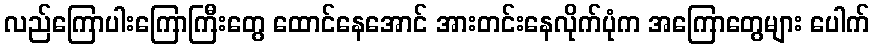
လည်ကြောပါးကြောကြီးတွေ ထောင်နေအောင် အားတင်းနေလိုက်ပုံက အကြောတွေများ ပေါက်